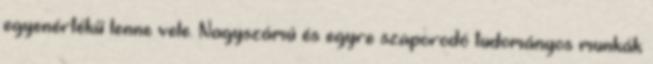
egyenértékű lenne vele. Nagyszámú és egyre szaporodó tudományos munkák